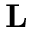
\mathbf { L }